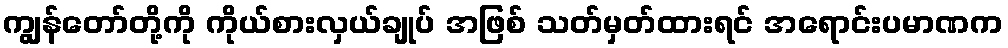
ကျွန်တော်တို့ကို ကိုယ်စားလှယ်ချုပ် အဖြစ် သတ်မှတ်ထားရင် အရောင်းပမာဏက